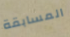
المسابقة